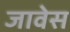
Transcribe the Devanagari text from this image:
जावेस